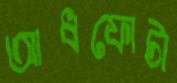
আধফোটা